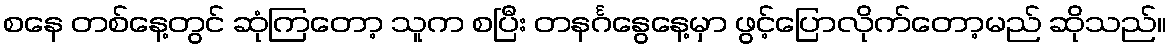
စနေ တစ်နေ့တွင် ဆုံကြတော့ သူက စပြီး တနင်္ဂနွေနေ့မှာ ဖွင့်ပြောလိုက်တော့မည် ဆိုသည်။